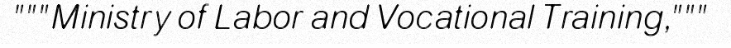
"""Ministry of Labor and Vocational Training,"""